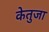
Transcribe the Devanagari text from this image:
केतुजा